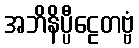
အဘိနိပ္ပီဠေတဗ္ဗံ